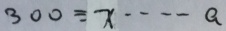
3 0 0 \div x \cdots a